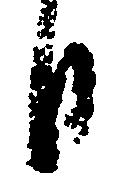
日